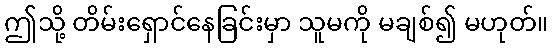
ဤသို့ တိမ်းရှောင်နေခြင်းမှာ သူမကို မချစ်၍ မဟုတ်။